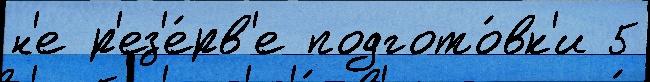
н'е р'ез'е́рв'е подгото́вк'и 5